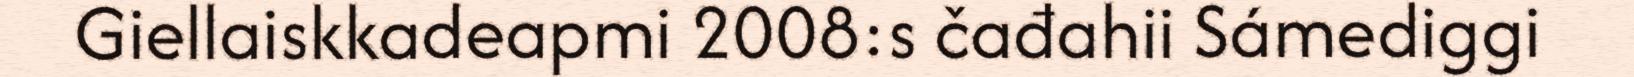
Giellaiskkadeapmi 2008:s čađahii Sámediggi